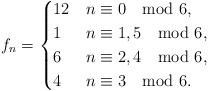
LaTeX: \begin{align*}f_n=\begin{cases}12 & n\equiv 0 \mod 6,\\1 & n\equiv 1,5 \mod 6,\\6 & n \equiv 2,4 \mod 6,\\4 & n\equiv 3 \mod 6.\end{cases}\end{align*}